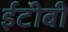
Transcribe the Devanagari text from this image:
ईटीबी